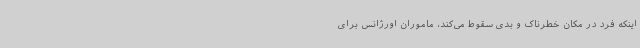
اینکه فرد در مکان خطرناک و بدی سقوط می‌کند، ماموران اورژانس برای